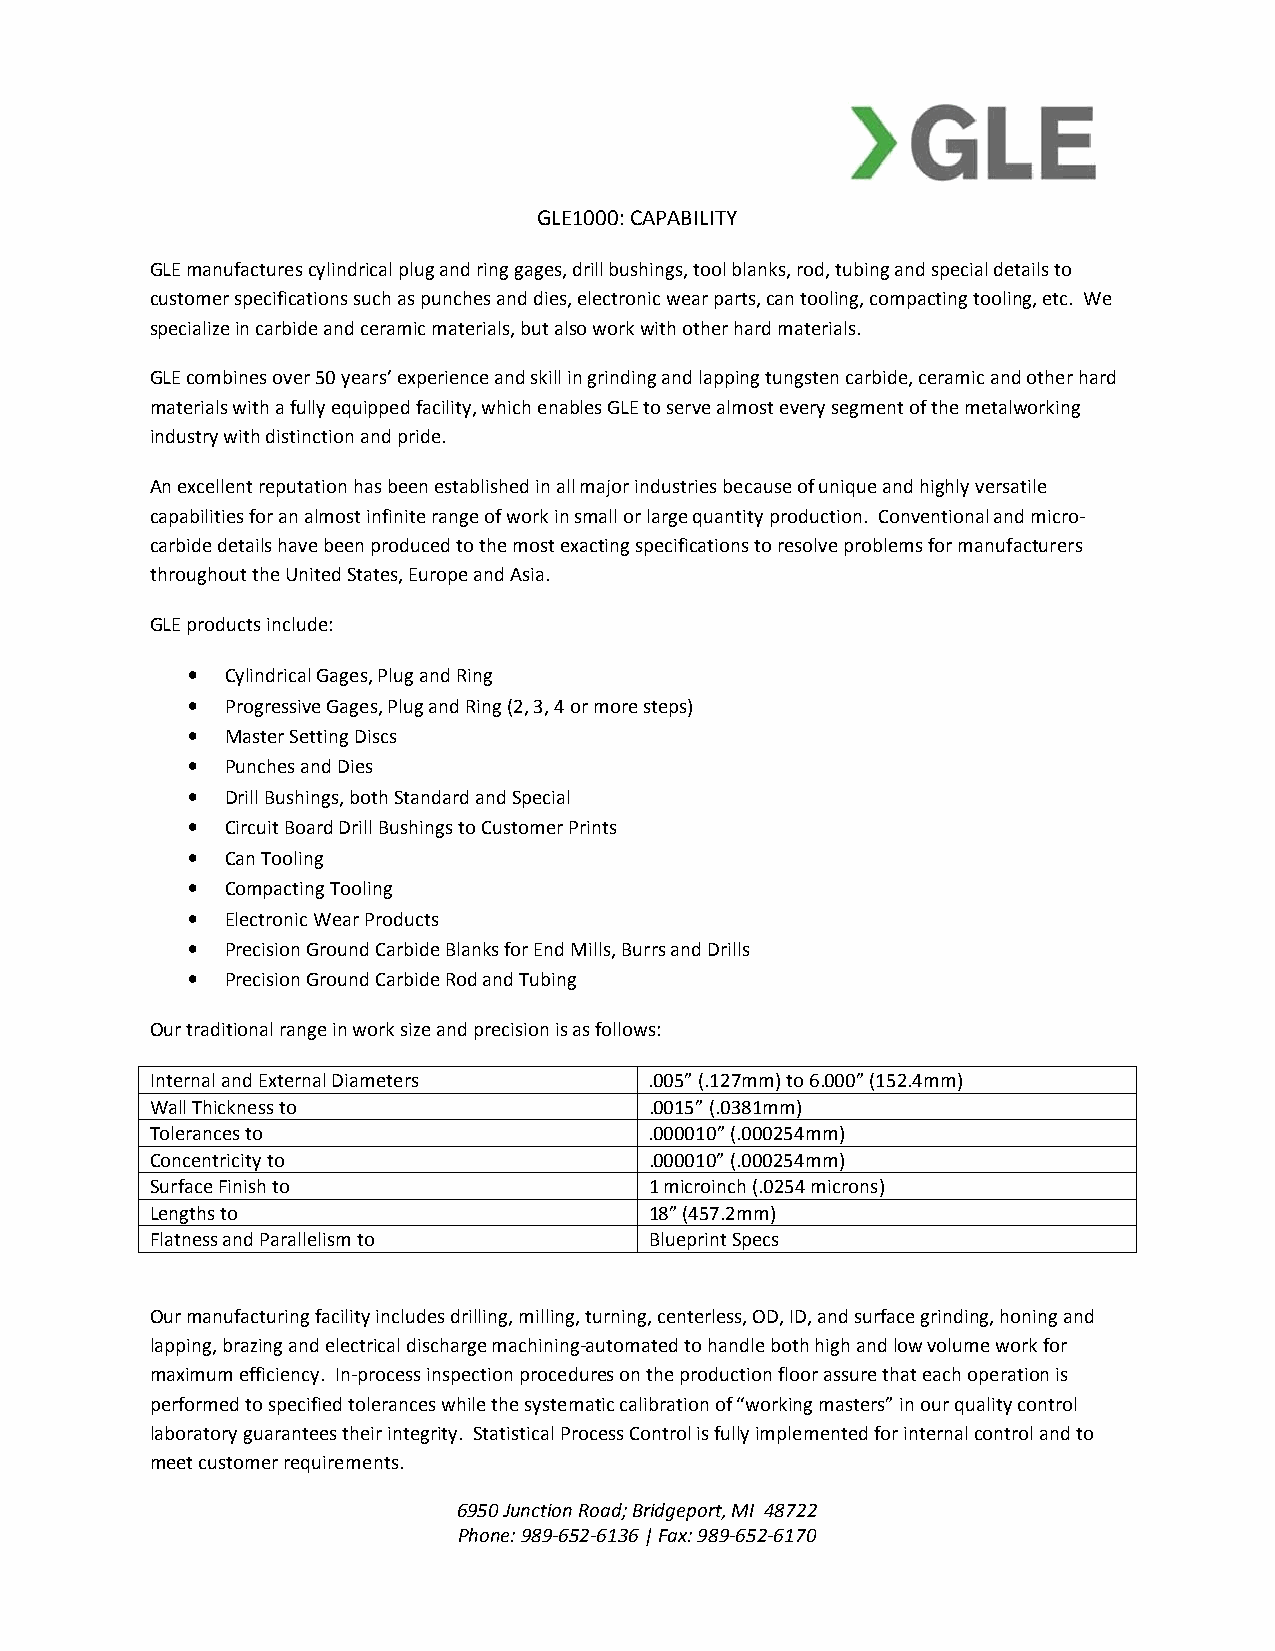
GLE1000: CAPABILITY
 GLE manufactures cylindrical plug and ring gages, drill bushings, tool blanks, rod, tubing and special details to
 customer specifications such as punches and dies, electronic wear parts, can tooling, compacting tooling, etc. We
 specialize in carbide and ceramic materials, but also work with other hard materials.
 GLE combines over 50 years’ experience and skill in grinding and lapping tungsten carbide, ceramic and other hard
 materials with a fully equipped facility, which enables GLE to serve almost every segment of the metalworking
 industry with distinction and pride.
 An excellent reputation has been established in all major industries because of unique and highly versatile
 capabilities for an almost infinite range of work in small or large quantity production. Conventional and micro-
 carbide details have been produced to the most exacting specifications to resolve problems for manufacturers
 throughout the United States, Europe and Asia.
 GLE products include:
 •  Cylindrical Gages, Plug and Ring
 •  Progressive Gages, Plug and Ring (2, 3, 4 or more steps)
 •  Master Setting Discs
 •  Punches and Dies
 •  Drill Bushings, both Standard and Special
 •  Circuit Board Drill Bushings to Customer Prints
 •  Can Tooling
 •  Compacting Tooling
 •  Electronic Wear Products
 •  Precision Ground Carbide Blanks for End Mills, Burrs and Drills
 •  Precision Ground Carbide Rod and Tubing
 Our traditional range in work size and precision is as follows:
 Internal and External Diameters  .005” (.127mm) to 6.000” (152.4mm)
 Wall Thickness to                .0015” (.0381mm)
 Tolerances to                    .000010” (.000254mm)
 Concentricity to                 .000010” (.000254mm)
 Surface Finish to                1 microinch (.0254 microns)
 Lengths to                       18” (457.2mm)
 Flatness and Parallelism to      Blueprint Specs
 Our manufacturing facility includes drilling, milling, turning, centerless, OD, ID, and surface grinding, honing and
 lapping, brazing and electrical discharge machining-automated to handle both high and low volume work for
 maximum efficiency. In-process inspection procedures on the production floor assure that each operation is
 performed to specified tolerances while the systematic calibration of “working masters” in our quality control
 laboratory guarantees their integrity. Statistical Process Control is fully implemented for internal control and to
 meet customer requirements.
 6950 Junction Road; Bridgeport, MI 48722
 Phone: 989-652-6136 | Fax: 989-652-6170